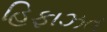
હિફાઝત